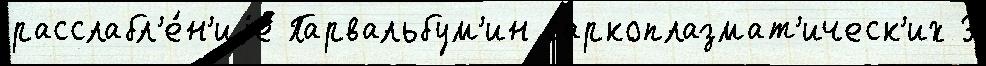
расслабл'е́н'иjе Парвальбум'ин саркоплазмат'ическ'их 3